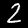
Label: 2